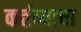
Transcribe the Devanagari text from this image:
कर्तव्यांचा